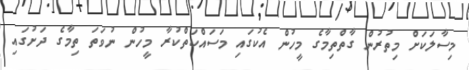
މިސާލަކަށް މިތުރުން ގާތްތިމާގެ މީހުން އެކުގައި މަސައްކަތްކުރާ މީހުން ނުވަތަ ތިމާގެ ދަށުގައި